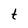
Character: t